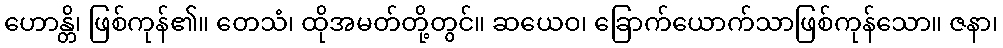
ဟောန္တိ၊ ဖြစ်ကုန်၏။ တေသံ၊ ထိုအမတ်တို့တွင်။ ဆယေဝ၊ ခြောက်ယောက်သာဖြစ်ကုန်သော။ ဇနာ၊